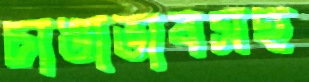
চাঙাভাবসহ